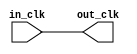
// pr_region_alternate_clock_in.v

// Generated using ACDS version 17.1 240

`timescale 1 ps / 1 ps
module pr_region_alternate_clock_in (
		input  wire  in_clk,  //  in_clk.clk
		output wire  out_clk  // out_clk.clk
	);

	assign out_clk = in_clk;

endmodule